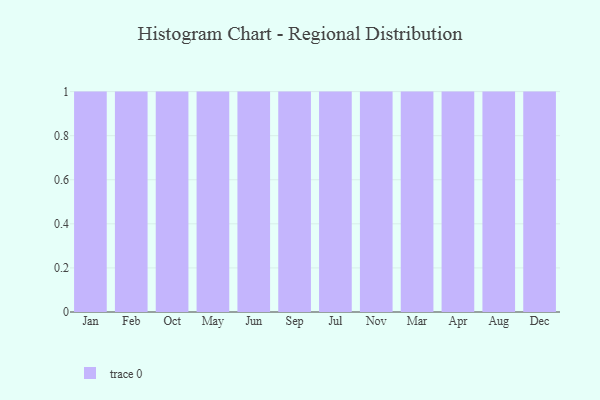
{"axis": {"x": "Month", "y": "Gross Profit (USD K)"}, "legend": [""], "data": [{"x": "Jan", "y": 89, "type": ""}, {"x": "Feb", "y": 41, "type": ""}, {"x": "Oct", "y": 28, "type": ""}, {"x": "May", "y": 23, "type": ""}, {"x": "Jun", "y": 29, "type": ""}, {"x": "Sep", "y": 71, "type": ""}, {"x": "Jul", "y": 48, "type": ""}, {"x": "Nov", "y": 70, "type": ""}, {"x": "Mar", "y": 86, "type": ""}, {"x": "Apr", "y": 32, "type": ""}, {"x": "Aug", "y": 31, "type": ""}, {"x": "Dec", "y": 85, "type": ""}]}